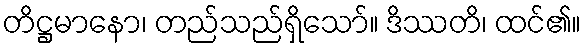
တိဋ္ဌမာနော၊ တည်သည်ရှိသော်။ ဒိဿတိ၊ ထင်၏။